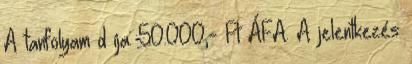
A tanfolyam d íja: 50.000,- Ft ÁFA. A jelentkezés